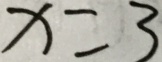
x = 3